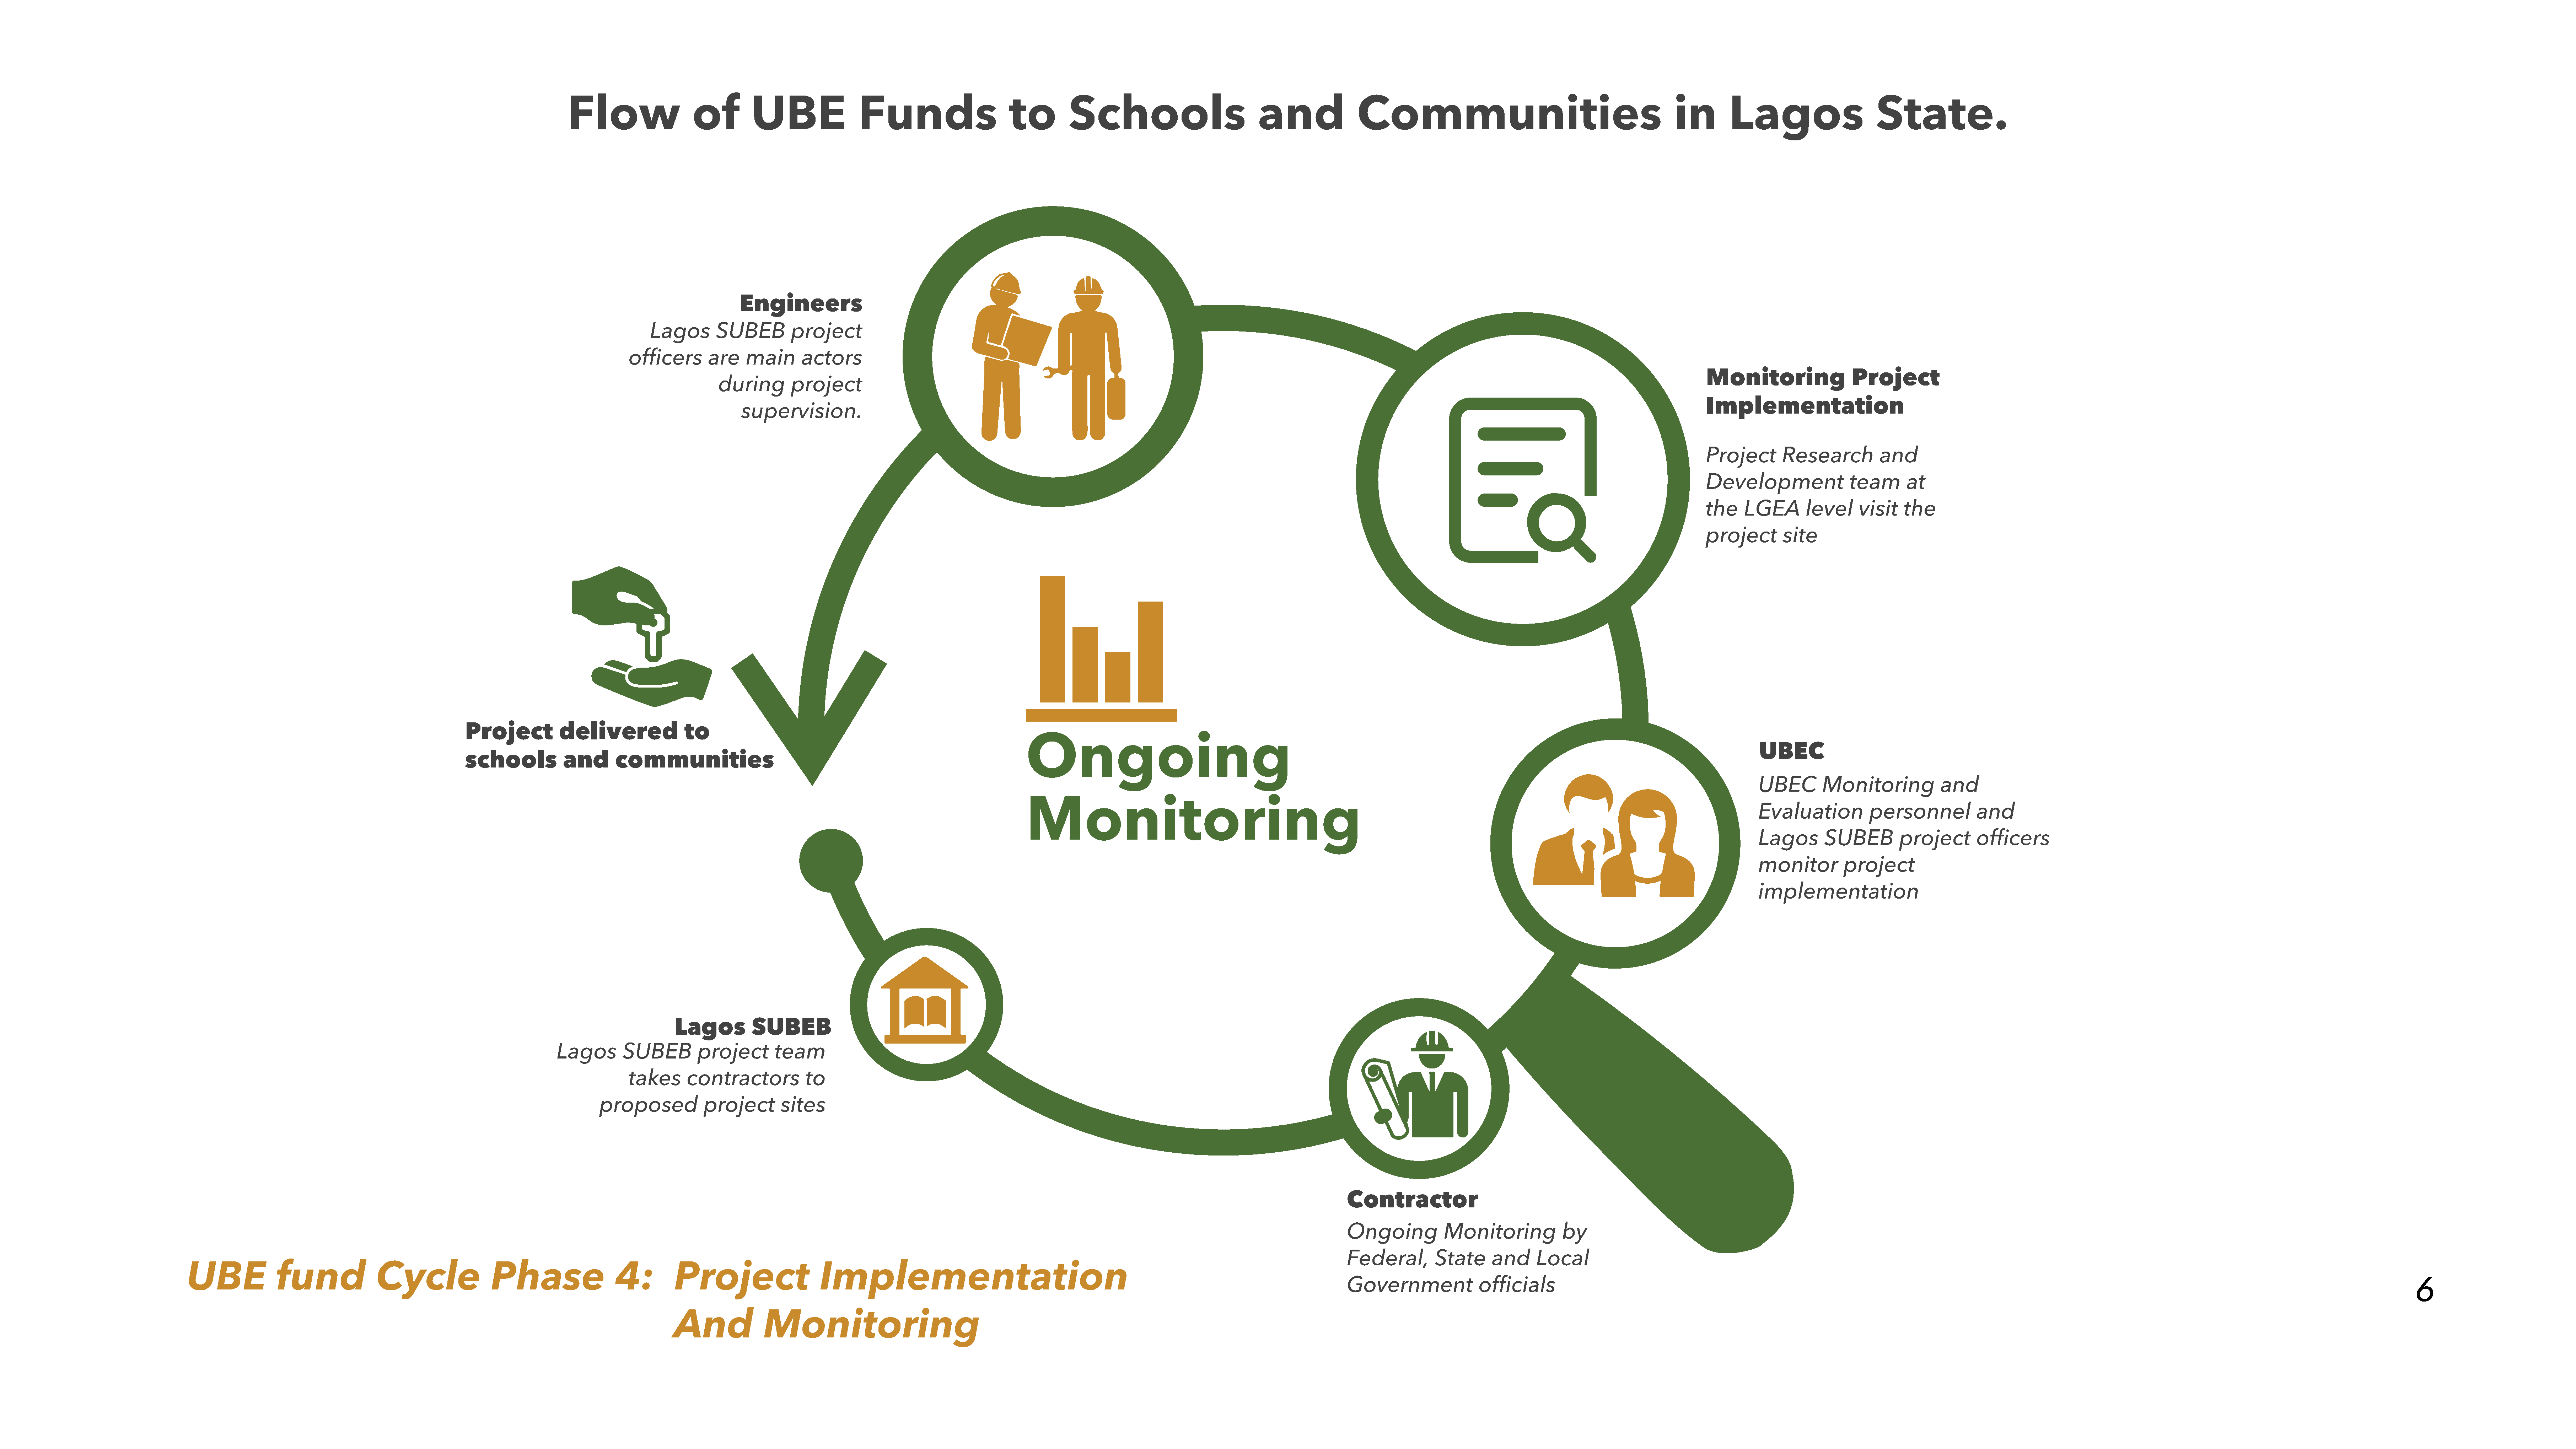
Flow                   of         UBE                 Funds                       to         Schools                            and                Communities                                                in        Lagos                      State.
 Engineers
 Lagos       SUBEB         project
 officers       are    main      actors
 Monitoring                 Project
 during       project
 Implementation
 supervision.
 Project       Research          and
 Development                team      at
 the    LGEA       level     visit    the
 project       site
 Project          delivered              to
 Ongoing
 UBEC
 schools           and       communities
 UBEC       Monitoring             and
 Monitoring
 Evaluation          personnel           and
 Lagos       SUBEB         project       officers
 monitor        project
 implementation
 Lagos         SUBEB
 Lagos       SUBEB         project       team
 takes      contractors           to
 proposed           project       sites
 Contractor
 Ongoing           Monitoring            by
 Federal,        State      and     Local
 UBE             fund               Cycle                Phase                   4:         Project                    Implementation
 Government              officials                                                                                                                                                                      6
 And             Monitoring